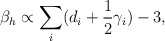
\begin{align*}\beta_h\propto \sum_i(d_i+\frac{1}{2}\gamma_i)-3, \end{align*}